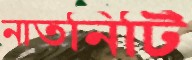
নাতনিটি